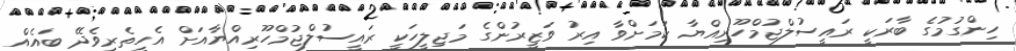
ހިންގުމުގެ ބާރަކީ ރައީސުލްޖުމްހޫރިއްޔާ ކަމަށްވާ އިރު ވަޒީރުންގެ މަޖިލީހަކީ ރައީސުލްޖުމްހޫރިއްޔާއަށް އެހީތެރިވެދޭ ބައެއް